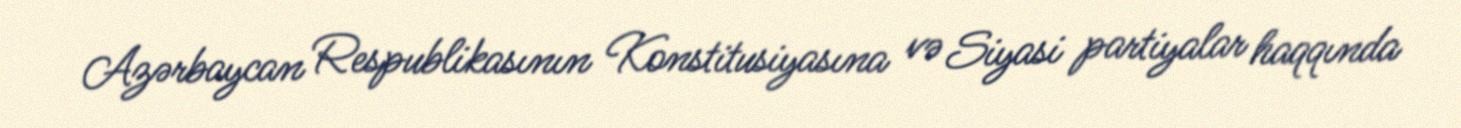
Azərbaycan Respublikasının Konstitusiyasına və Siyasi partiyalar haqqında